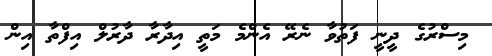
މިސްރުގެ ދީނީ ފަތުވާ ނެރޭ އެންމެ މަތީ އިދާރާ ދާރުލް އިފްތާ އިން